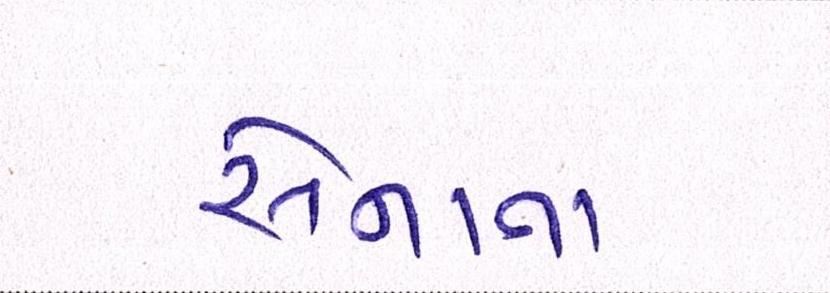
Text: સેનાના